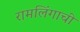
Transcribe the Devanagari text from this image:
रामलिंगाची